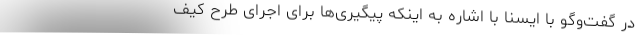
در گفت‌وگو با ایسنا با اشاره به اینکه پیگیری‌ها برای اجرای طرح کیف